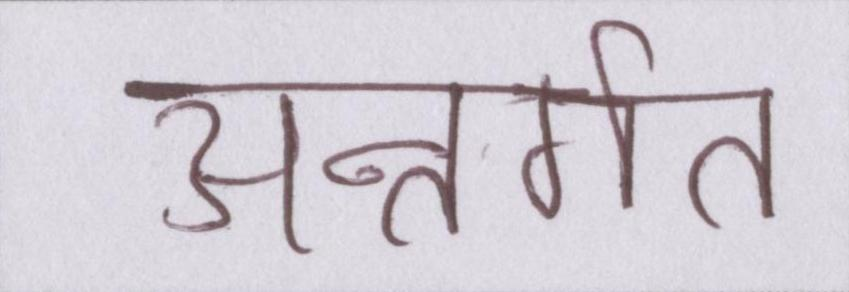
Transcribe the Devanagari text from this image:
अन्तर्गत